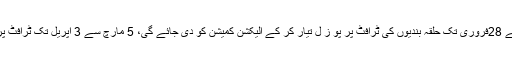
10جنوری تک حلقہ بندیوں سے متعلق دستاویزات کے حصول کا کام مکمل کر لیا گیا،اب 15جنوری سے 28فروری تک حلقہ بندیوں کی ٹرافٹ پر پو ز ل تیار کر کے الیکشن کمیشن کو دی جائے گی، 5 مارچ سے 3 اپریل تک ٹرافٹ پرپوزل پر اعتراضات وصول کئے جائیں گے جبکہ 4اپریل سے 3مئی تک اعتراضات کو نمٹایا جائے گا۔